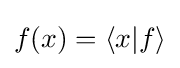
f(x)=\langle x|f\rangle